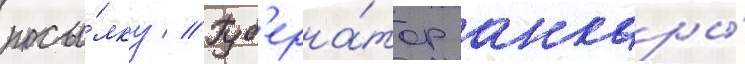
посы́лку // Губ'ерна́тор анкары́